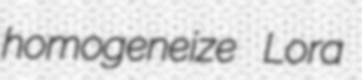
homogeneize Lora